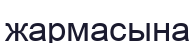
жармасына